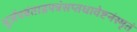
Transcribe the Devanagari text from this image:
भूर्जपत्रंताडपत्रंसप्तधावेष्टनंस्मृतं